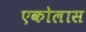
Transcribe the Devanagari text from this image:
एकोलास